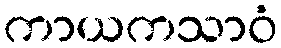
ကာယကသာဝံ